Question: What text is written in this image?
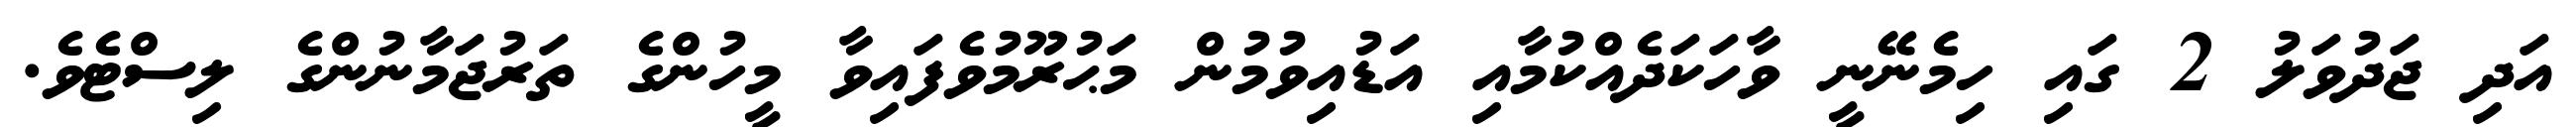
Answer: އަދި ޖަދުވަލު 2 ގައި ހިމެނޭނީ ވާހަކަދެއްކުމާއި އަޑުއިވުމުން މަޙުރޫމުވެފައިވާ މީހުންގެ ތަރުޖަމާނުންގެ ލިސްޓެވެ.